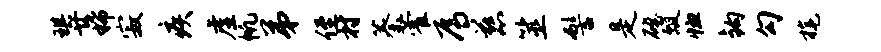
琪廿稀寂疾虚帆弟侄村蓁藿焉慈筮髻是磴瓢恤钩勾旄